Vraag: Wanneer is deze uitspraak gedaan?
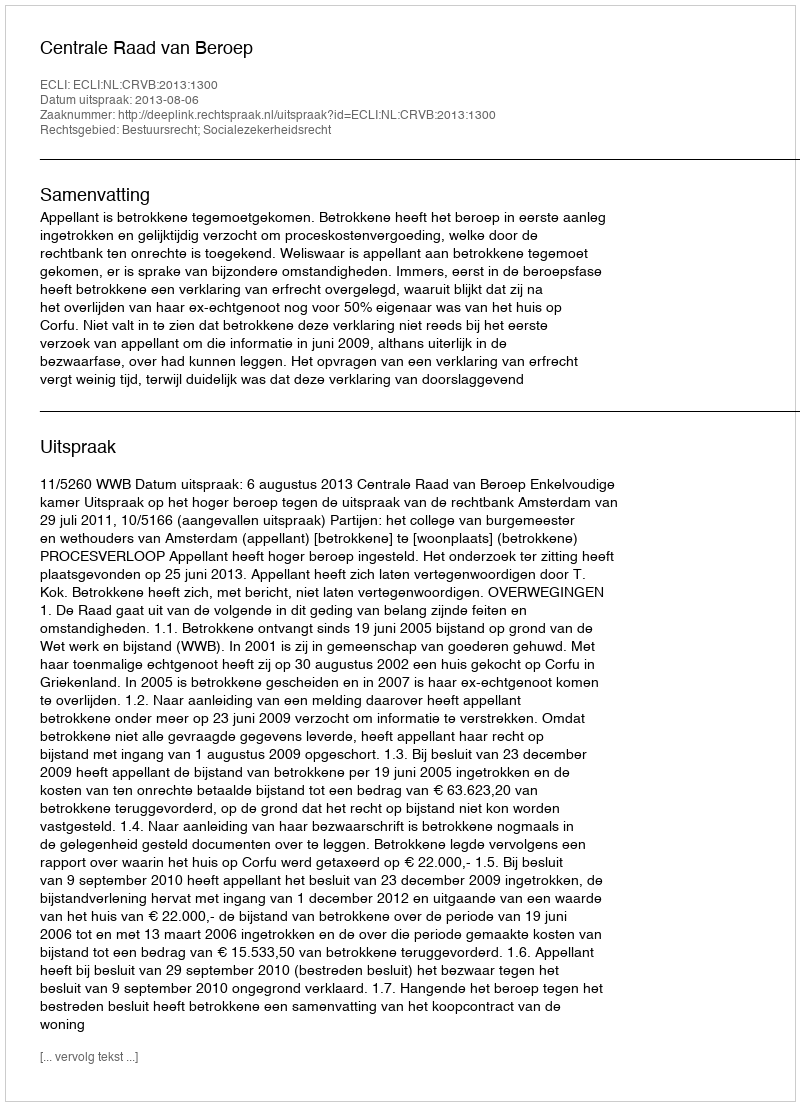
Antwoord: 2013-08-06